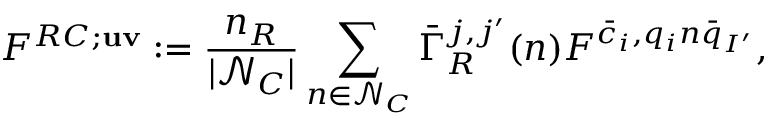
F ^ { R C ; \mathbf { u v } } : = \frac { n _ { R } } { | \mathcal N _ { C } | } \sum _ { n \in \mathcal N _ { C } } \bar { \Gamma } _ { R } ^ { j , j ^ { \prime } } ( n ) F ^ { \bar { c } _ { i } , q _ { i } n \bar { q } _ { I ^ { \prime } } } ,